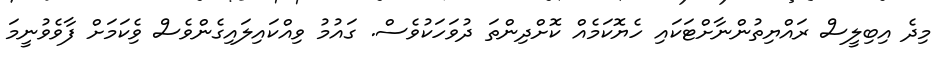
މިދެ އިބިލީސް ރައްޔިތުންނާށްޓަކައި ހެޔޮކަމެއް ކޮށްދިންތަ ދުވަހަކުވެސް. ގައުމު ވިއްކައިލައިގެންވެސް ވެެިކަމަށް ފާވެވުނީމަ